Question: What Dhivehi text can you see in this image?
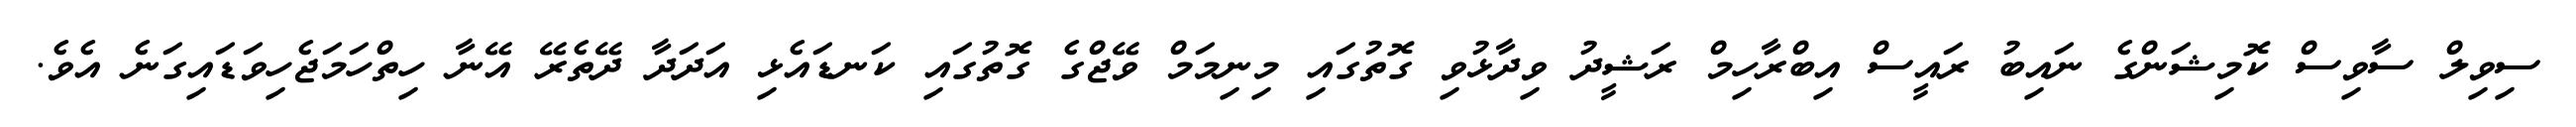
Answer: ސިވިލް ސާވިސް ކޮމިޝަންގެ ނައިބު ރައީސް އިބްރާހިމް ރަޝީދު ވިދާޅުވި ގޮތުގައި މިނިމަމް ވޭޖްގެ ގޮތުގައި ކަނޑައެޅި އަދަދާ ދޭތެރޭ އޭނާ ހިތްހަމަޖެހިވަޑައިގަނެ އެވެ.